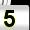
Digit: 5